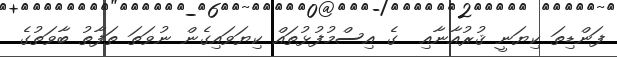
ފަންޑިތަ ކިޔަނީ ޤުރުއާނާއި  ގެ އިސްމުފުޅުތައް ކިޔަވައިގެން ނުވަތަ ތަފާތު ބާވަތުގެ